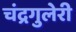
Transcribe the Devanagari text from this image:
चंद्रगुलेरी